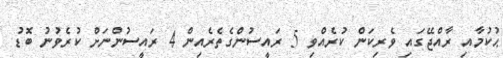
ޙުކުމާއި ރާއްޖޭގައި ވެރިކަން ކުރެއްވި 5 ރައީސުންގެތެރެއިން 4 ރައީސުންނަށް ކުރެވުނު ބޮޑު